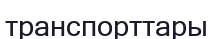
транспорттары